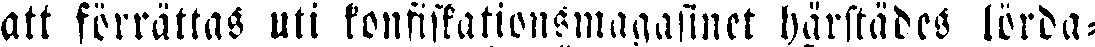
att förrättas uti konfiskationsmagasinet härstädes lörda-